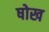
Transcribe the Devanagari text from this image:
षोख